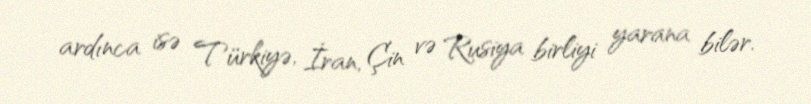
ardınca isə Türkiyə, İran, Çin və Rusiya birliyi yarana bilər.